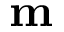
\mathbf { m }